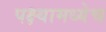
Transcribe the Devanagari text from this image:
पक्ष्यामध्येच